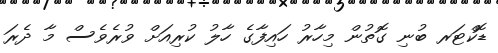
ޑޮކްޓަރ ބުނި ގޮތުން މިހާރު ހައިފާގެ ހާލު ކުރިއަށް ވުރެވެސް މާ ދެރަ